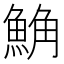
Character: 𩷛